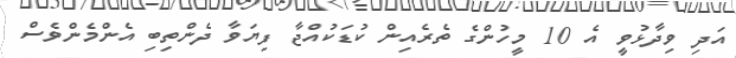
އަދި ވިދާޅުވީ އެ 10 މީހުންގެ ތެރެއިން ކުޑަކުއްޖާ ފިޔަވާ ދެންތިބި އެންމެންވެސް